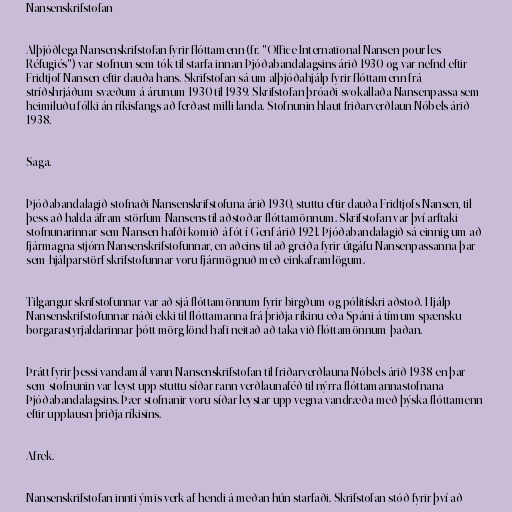
Nansenskrifstofan

Alþjóðlega Nansenskrifstofan fyrir flóttamenn (fr. "Office International Nansen pour les
Réfugiés") var stofnun sem tók til starfa innan Þjóðabandalagsins árið 1930 og var nefnd eftir
Fridtjof Nansen eftir dauða hans. Skrifstofan sá um alþjóðahjálp fyrir flóttamenn frá
stríðshrjáðum svæðum á árunum 1930 til 1939. Skrifstofan þróaði svokallaða Nansenpassa sem
heimiluðu fólki án ríkisfangs að ferðast milli landa. Stofnunin hlaut friðarverðlaun Nóbels árið
1938.

Saga.

Þjóðabandalagið stofnaði Nansenskrifstofuna árið 1930, stuttu eftir dauða Fridtjofs Nansen, til
þess að halda áfram störfum Nansens til aðstoðar flóttamönnum. Skrifstofan var því arftaki
stofnunarinnar sem Nansen hafði komið á fót í Genf árið 1921. Þjóðabandalagið sá einnig um að
fjármagna stjórn Nansenskrifstofunnar, en aðeins til að greiða fyrir útgáfu Nansenpassanna þar
sem hjálparstörf skrifstofunnar voru fjármögnuð með einkaframlögum.

Tilgangur skrifstofunnar var að sjá flóttamönnum fyrir birgðum og pólitískri aðstoð. Hjálp
Nansenskrifstofunnar náði ekki til flóttamanna frá þriðja ríkinu eða Spáni á tímum spænsku
borgarastyrjaldarinnar þótt mörg lönd hafi neitað að taka við flóttamönnum þaðan.

Þrátt fyrir þessi vandamál vann Nansenskrifstofan til friðarverðlauna Nóbels árið 1938 en þar
sem stofnunin var leyst upp stuttu síðar rann verðlaunaféð til nýrra flóttamannastofnana
Þjóðabandalagsins. Þær stofnanir voru síðar leystar upp vegna vandræða með þýska flóttamenn
eftir upplausn þriðja ríkisins.

Afrek.

Nansenskrifstofan innti ýmis verk af hendi á meðan hún starfaði. Skrifstofan stóð fyrir því að